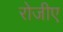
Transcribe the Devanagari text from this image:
रोजीए